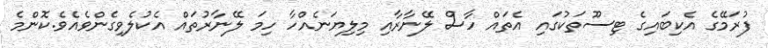
ފުރަމޭގެ އެކިބައިގެ ޓިސޫތަކުގައި އެތައް ހާސް ލޭނާރާއި މިލިޔަނެއްހާ ހިމަ ލޭނާރުތައް އެކުލެވިގެންވެއެވެ.ކޮންމެ